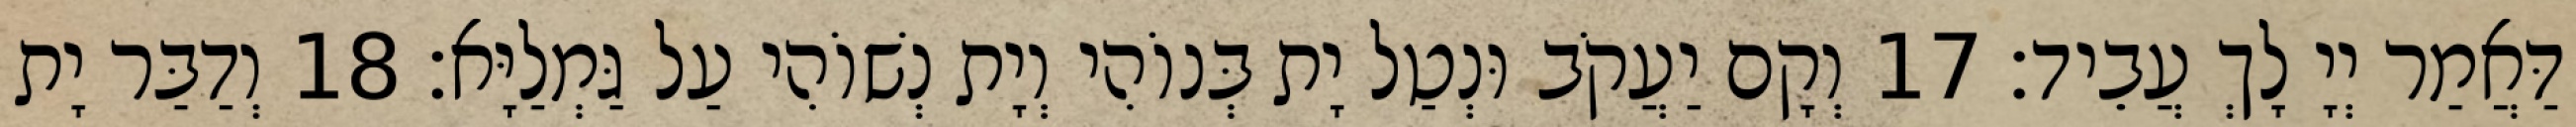
דַּאֲמַר יְיָ לָךְ עֲבֵיד׃ 17 וְקָם יַעֲקֹב וּנְטַל יָת בְּנוֹהִי וְיָת נְשׁוֹהִי עַל גַּמְלַיָּא׃ 18 וְדַבַּר יָת